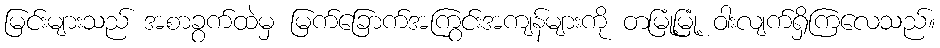
မြင်းများသည် အစာခွက်ထဲမှ မြက်ခြောက်အကြွင်းအကျန်များကို တမြုံ့မြုံ့ ဝါးလျက်ရှိကြလေသည်။